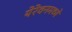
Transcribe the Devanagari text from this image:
येरेवनमध्ये